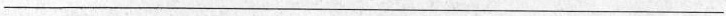
___